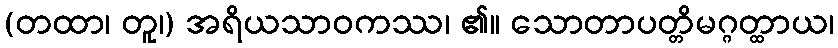
(တထာ၊ တူ၊) အရိယသာဝကဿ၊ ၏။ သောတာပတ္တိမဂ္ဂတ္ထာယ၊